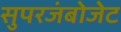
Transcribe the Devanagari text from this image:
सुपरजंबोजेट